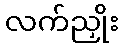
လက်ညှိုး